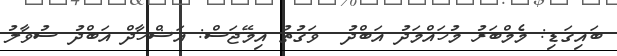
ބައިގަޑި: މެމްބަރު މުހައްމަދު އަބްދު  ވަގުތު އިމޭޖަސް: އަޝްހާދް އަބްދު ސުވާލު